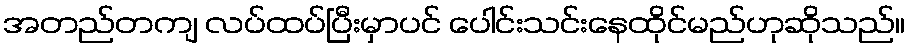
အတည်တကျ လပ်ထပ်ပြီးမှာပင် ပေါင်းသင်းနေထိုင်မည်ဟုဆိုသည်။